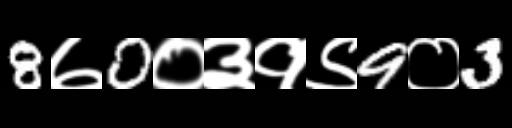
Text: 8७0०३१९9०3